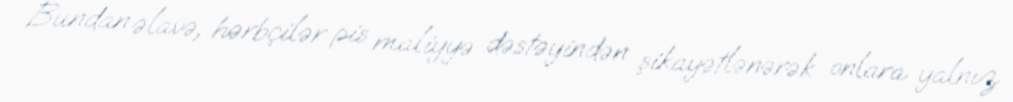
Bundan əlavə, hərbçilər pis maliyyə dəstəyindən şikayətlənərək onlara yalnız